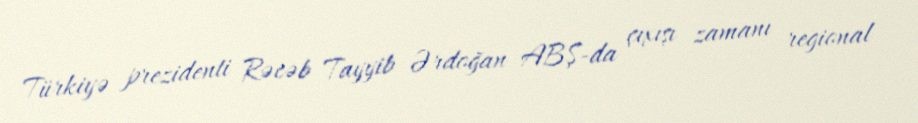
Türkiyə prezidenti Rəcəb Tayyib Ərdoğan ABŞ-da çıxışı zamanı regional